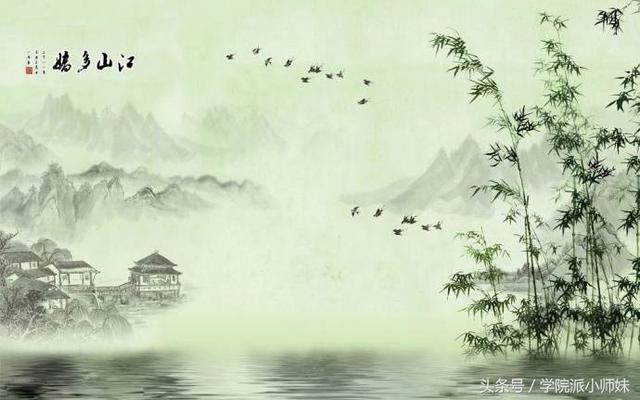
宦情羁思共凄凄，春半如秋意转迷。